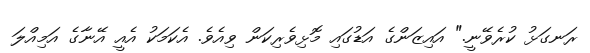
ރަނގަޅު ކުރެވޭނީ." އައިޒަންގެ އަޑުގައި މޮޅިވެރިކަން ވިއެވެ. އެކަމަކު އެއީ އޭނާގެ އަމިއްލަ